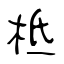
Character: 柢